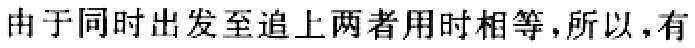
由于同时出发至追上两者用时相等，所以，有